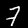
Label: 7